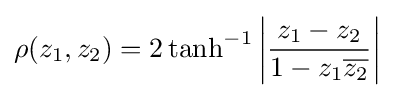
\rho (z_{1},z_{2})=2\tanh ^{-1}\left|{\frac {z_{1}-z_{2}}{1-z_{1}{\overline {z_{2}}}}}\right|